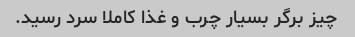
چیز برگر بسیار چرب و غذا کاملا سرد رسید.